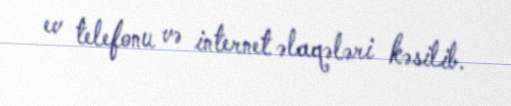
ev telefonu və internet əlaqələri kəsilib.